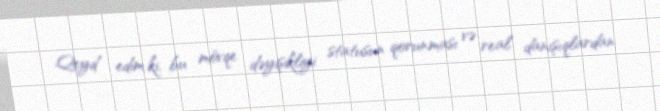
Qeyd edim ki, bu mövqe dəyişikliyi statusun qorunması və real danışıqlardan